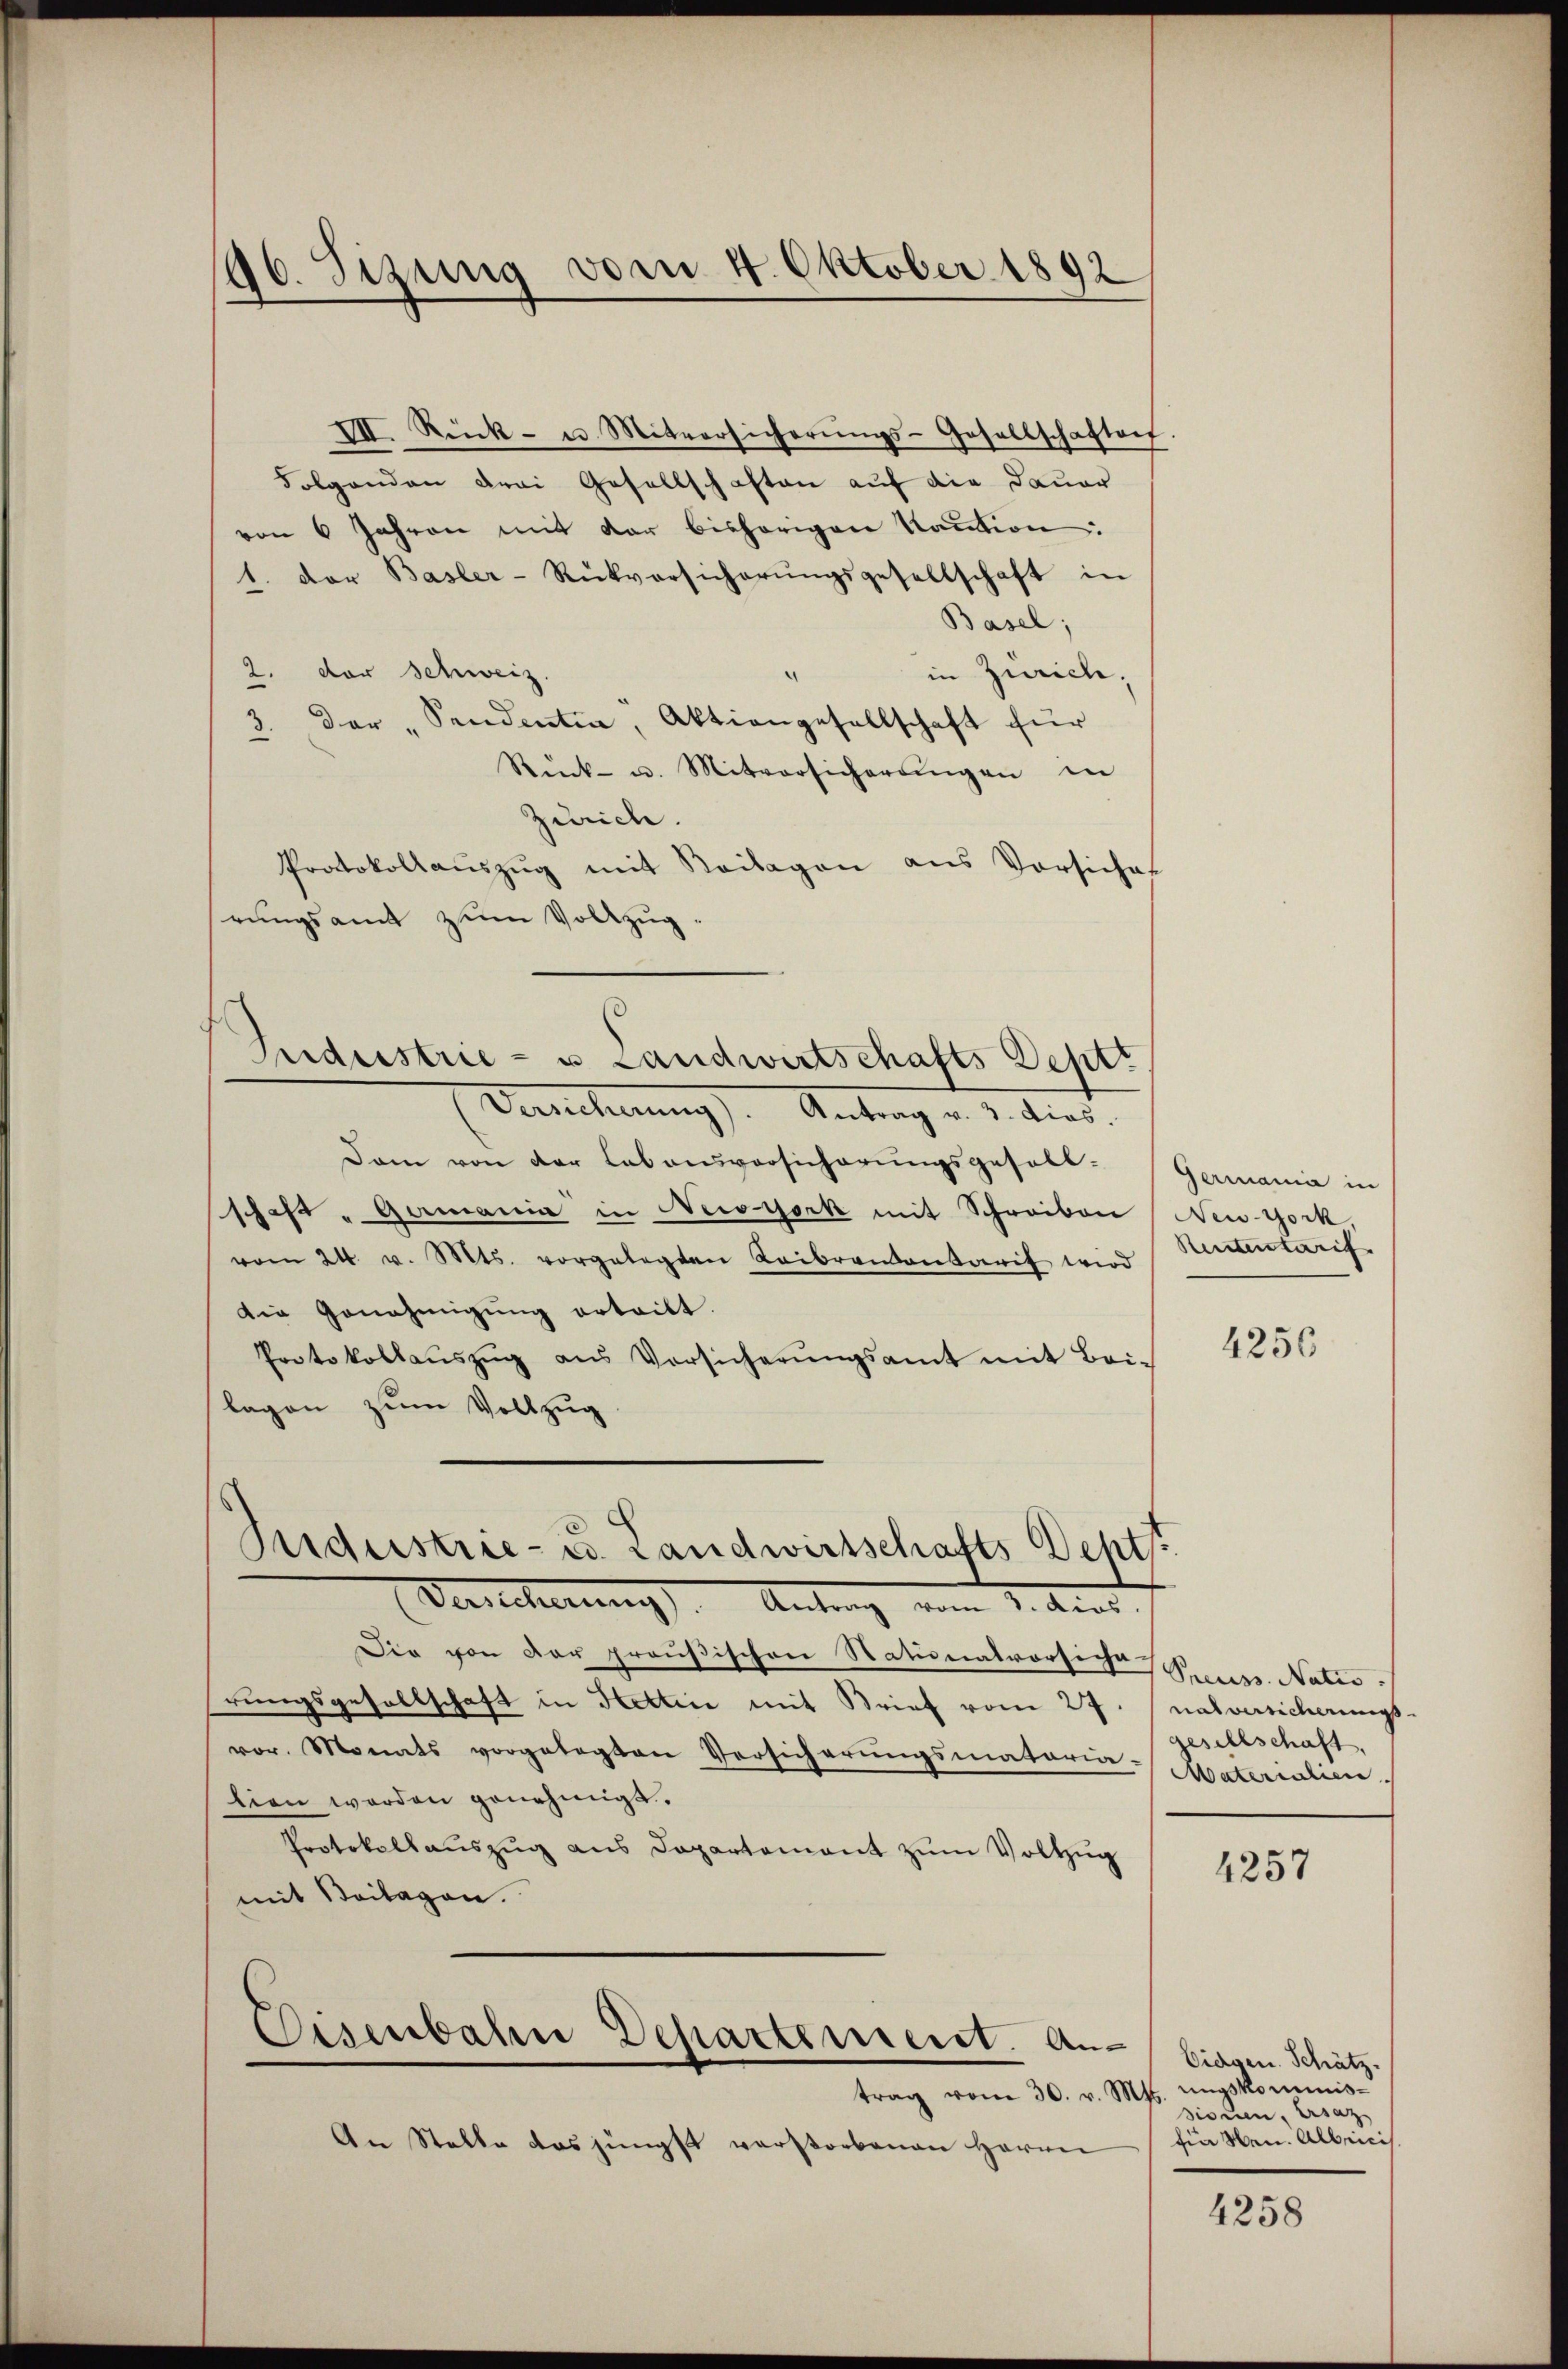
96. Sizung vom 4. Oktober 1892

VII. Rück- u. Mitversicherŭngs-Gesellschaften.
Folgenden Frei Gesellschaften auf die Dauer
von 6 Jahren mit der bishörigen Kaution:
1. der Basler-Rückversicherŭngsgesellschaft in
Basel;
2. der Schweiz.
in Zürich,
3. Der „Sendentia, Aktiengesellschaft für
Rück- u. Mitversicherŭngen in
Zürich.
Protokollaŭszŭg mit Beilagen aus Vorsiches
rungsamt zum Vollzug.
Dam von der Labonsvorsicherungsgesell-
schaft „Gamania in Necoyork mit Schreiben New-York
vom 24. v. Mts. vorgelegten Leibraientarif wird
die Genehmigŭng erteilt.
Protokollaŭszŭg aŭs Vorsicherŭngsamt mit Bei-
lagen zŭm Vollzug.
Industrie- u. Landwirtschafts Deht
Velcherung). Antrag vom 2. Kind
Die von der proußischen Stationalvorsiche Sener. Natio
rungsgesellschaft in Hettine mit Brief vom 27. nalversicherungs
vor. Monats vorgelegten Versicherungsmataria-
lien werden genehmigt.
Protokollaŭszŭg ans Departement zŭm Vollzug
mit Beilagen.

Industrie- u Landwirtschafts Sept
Vernehnung). Antrag v. 3. dies.

trag vom 30. v. Mts. ungskommis-
An Stelle das jüngst verstorbenen Herrn

Eisenbahn Departement. An¬

Germania in
Rententarif

4256

gesellschaft,
Materialien

4257

Eidgen. Schätz
dionen, Ersatz
fin Ven. Albricis

4258